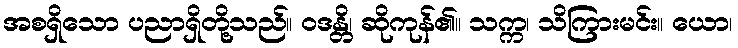
အစရှိသော ပညာရှိတို့သည်။ ဝဒန္တိ၊ ဆိုကုန်၏။ သက္က၊ သိကြားမင်း။ ယော၊